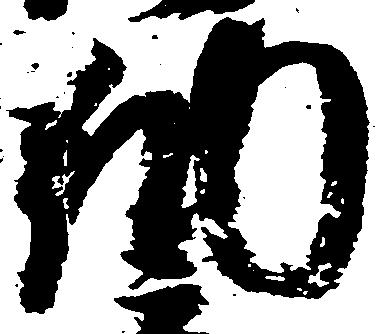
納